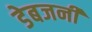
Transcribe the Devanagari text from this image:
डेबजनी